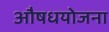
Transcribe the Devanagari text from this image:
औषधयोजना